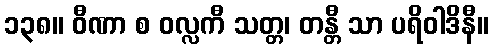
၁၃၈။ ဝီဏာ စ ဝလ္လကီ သတ္တ၊ တန္တီ သာ ပရိဝါဒိနီ။